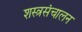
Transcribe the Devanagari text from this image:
शस्त्रसंचालन